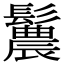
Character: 鬞